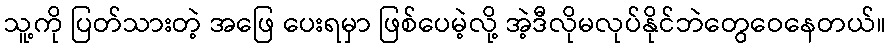
သူ့ကို ပြတ်သားတဲ့ အဖြေ ပေးရမှာ ဖြစ်ပေမဲ့လို့ အဲ့ဒီလိုမလုပ်နိုင်ဘဲတွေဝေနေတယ်။